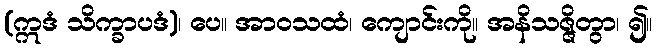
(ဣဒံ သိက္ခာပဒံ)၊ ပေ။ အာဝသထံ၊ ကျောင်းကို။ အနိသဇ္ဇိတွာ၊ ၍။